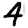
Digit: 4